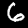
Label: 6